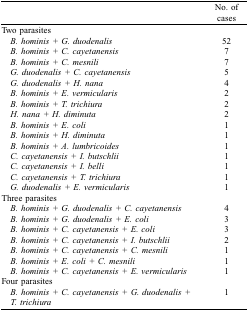
<table><thead><tr><td>[EMPTY_CELL]</td><td><b>No. of cases</b></td></tr></thead><tbody><tr><td>Two parasites</td><td>[EMPTY_CELL]</td></tr><tr><td> <i>B. hominis + G. duodenalis</i></td><td>52</td></tr><tr><td> <i>B. hominis + C. cayetanensis</i></td><td>7</td></tr><tr><td> <i>B. hominis + C. mesnili</i></td><td>7</td></tr><tr><td> <i>G. duodenalis + C. cayetanensis</i></td><td>5</td></tr><tr><td> <i>G. duodenalis + H. nana</i></td><td>4</td></tr><tr><td> <i>B. hominis + E. vermicularis</i></td><td>2</td></tr><tr><td> <i>B. hominis +T. trichiura</i></td><td>2</td></tr><tr><td> <i>H. nana + H. diminuta</i></td><td>2</td></tr><tr><td> <i>B. hominis + E. coli</i></td><td>1</td></tr><tr><td> <i>B. hominis + H. diminuta</i></td><td>1</td></tr><tr><td> <i>B. hominis + A. lumbricoides</i></td><td>1</td></tr><tr><td> <i>C. cayetanensis + I. butschlii</i></td><td>1</td></tr><tr><td> <i>C. cayetanensis + I. belli</i></td><td>1</td></tr><tr><td> <i>C. cayetanensis + T. trichiura</i></td><td>1</td></tr><tr><td> <i>G. duodenalis + E. vermicularis</i></td><td>1</td></tr><tr><td>Three parasites</td><td>[EMPTY_CELL]</td></tr><tr><td> <i>B. hominis + G. duodenalis + C. cayetanensis</i></td><td>4</td></tr><tr><td> <i>B. hominis + G. duodenalis + E. coli</i></td><td>3</td></tr><tr><td> <i>B. hominis + C. cayetanensis + E. coli</i></td><td>3</td></tr><tr><td> <i>B. hominis + C. cayetanensis + I. butschlii</i></td><td>2</td></tr><tr><td> <i>B. hominis + C. cayetanensis + C. mesnili</i></td><td>1</td></tr><tr><td> <i>B. hominis + E. coli + C. mesnili</i></td><td>1</td></tr><tr><td> <i>B. hominis + C. cayetanensis + E. vermicularis</i></td><td>1</td></tr><tr><td>Four parasites</td><td>[EMPTY_CELL]</td></tr><tr><td> <i>B. hominis + C. cayetanensis + G. duodenalis + T. trichiura</i></td><td>1</td></tr></tbody></table>